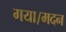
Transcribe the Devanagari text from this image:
गया।मदन